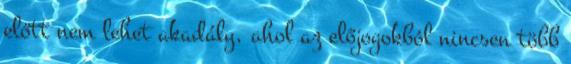
előtt nem lehet akadály, ahol az előjogokból nincsen több